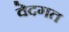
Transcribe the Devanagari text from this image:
वेदगत